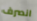
انصرف